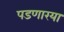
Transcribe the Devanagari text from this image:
पडणारया